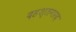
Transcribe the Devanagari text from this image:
दहश्तगरद